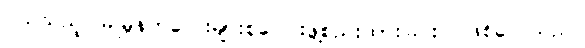
ငယ်သည့် မြူမှုန်ကလေးများစုပေါင်းဖွဲ့စည်းထားခြင်းပင်ဖြစ်လေသည်။